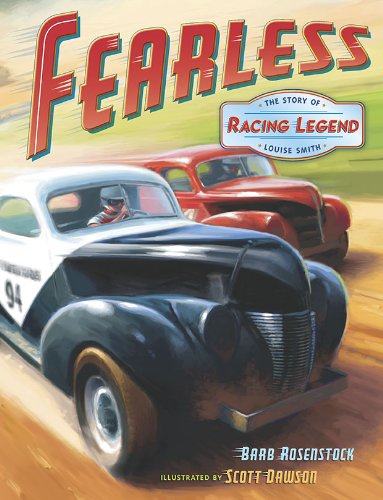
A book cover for Fearless: the Story of Racing Legend Louise Smith; Barb Rosenstock; Children's Books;